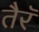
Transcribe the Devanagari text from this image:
तैरॅ